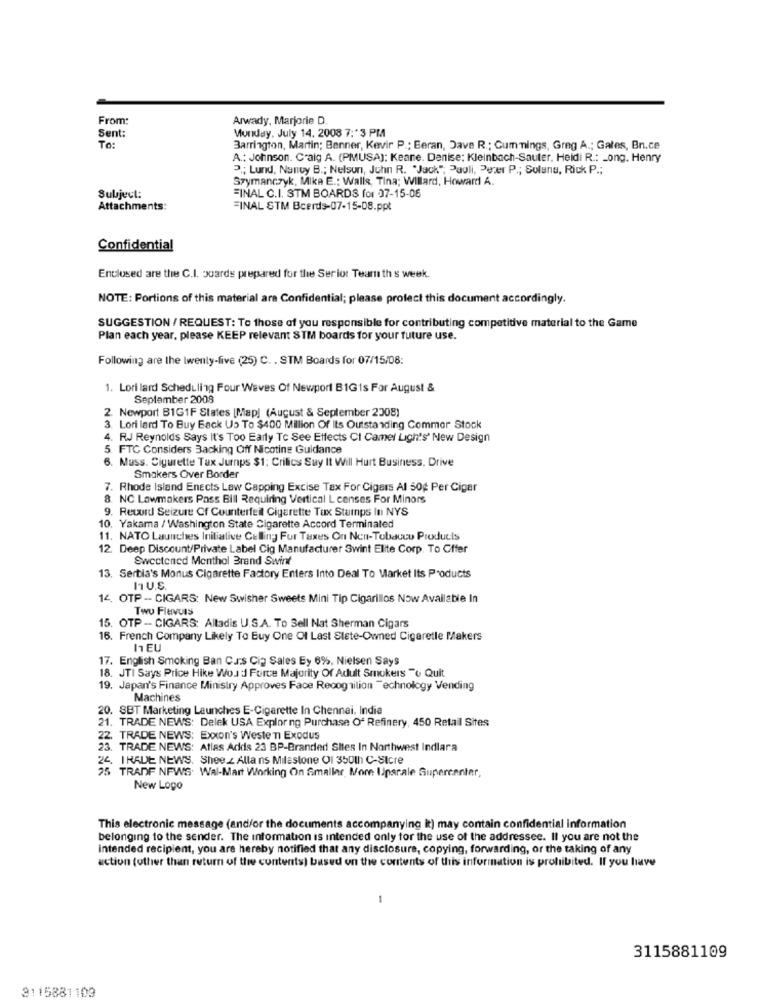
From
Arwady, Marjorie D
Sent:
Monday, July 14. 2008 7: * 3 PM
To:
Barrington, Martin; Benner, Kevir P .; Beran, Dave R .; Cummings, Greg A .; Gates, Bn.ce
A .: Johnson. Craig A. (PMUSA): Keane. Denise: Kleinbach-Sauter. Heidi R .: _ ong. Henry
" ,; Lund, Nancy B .; Nelson, John R. "Jack"; Pauli, Peter P .; Sulana, Rick P .;
Szymanczyk, Mike E .: Walls, Tina; Willard, Howard A.
Subject:
FINAL C.I. STM BOARDS for 07-15-06
Attachments:
FINAL STM Bcerds-07-15-08.ppt
Confidential
Enclosed are the C.I. poards prepared for the Serior Tearth s week.
NOTE: Portions of this material are Confidential; please profect this document accordingly.
SUGGESTION / REQUEST: To those of you responsible for contributing competitive material to the Game
Plan each year, please KEEP relevant STM boards for your future use.
Following are the twenty-five (25) C. . STM Boards for 07/15/08:
1. Lori lard Scheduling Four Waves Of Newport B1Gis For August &
September 2008
2. Newport B1G1F States [Map) (August & September 2008)
3. Lori lard To Buy Back Us To $400 Million Of Its Outstanding Commer Stock
4. RJ Reynolds Says It's Too Early To See Effects CI Camel Lights' New Design
5. FTC Considers Backing Off Nicotine Guidance
6. Muss. Cigurette Tux Jurnps $1; Critics Suy It Will Hurt Business, Drive
Smakers Over Border
7. Rhode Island Enects Law Capping Excise Tax For Cigars Al 50g Per Cigar
8. NC Lawmakers Pass Bill Requiring Vertical L censes For Minors
9. Record Seizure Of Counterfeit Cigarette Tux Stumps In NYS
10. Yakama / Washington State Cigarette Accord Terminated
11. NATO Launches Initiative Calling Fur Taxes On Non-Tobacco Products
12. Deep Discount/Private Label Cig Manufacturer Swint Elite Corp. To Offer
Sweetened Menthol Brand Swint
13. Sertia's Monus Cigarette Factory Enters Into Deal To Market Its Products
ITU.S.
14. OTP - CIGARS: New Swisher Sweets Mini Tip Cigarillos Now Available In
Two Flavors
15. OTP - CIGARS: Altadis U.S.A. To Sell Nat Sherman Cigars
16. French Company Likely To Buy One Of Last State-Owned Cigaretle Makers
11 EU
17. English Smoking Ban Cas Cio Sales Ey 6%, Nielsen Says
18. JTI Says Price Hike Woud Force Majority Of Adult Smokers "o Quit
19. Japan's Finance Ministry Approves Face Recognition Technology Vending
Machines
20. SBT Marketing Launches E-Cigarette In Chennai. India
21. TRADE NEWS: Delek USA Explor ng Purchase Of Refinery, 450 Retail Sites
22. TRADE NEWS: Exxon's Westen Exodus
23. TRADE NEWS: Atlas Adds 23 BP-Branded Sites In Northwest Indlara
24. IRADE NEWS. Shee z Allans Milestone O1 350lh C-Stcre
25 TRADE NEWS: Wal-Mart Working On Smaller More UJparale Supercenter,
New Logo
This electronic message (and/or the documents accompanying it) may contain confidential information
belonging to the sender. The information is intended only for the use of the addressee. Il you are not the
intended recipient, you are hereby notified that any disclosure, copying, forwarding, or the taking of any
action (other than return of the contents) based on the contents of this information is prohibited. If you have
1
3115881109
3115881103